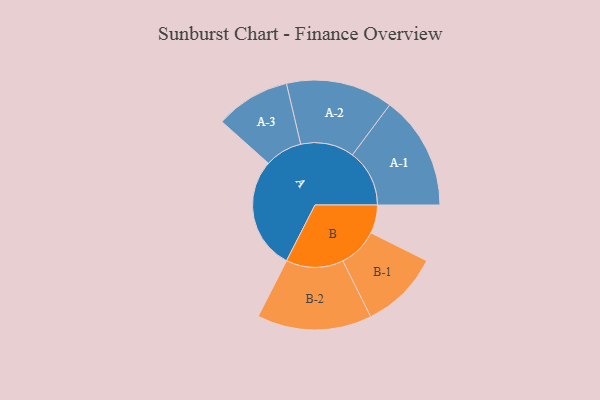
{"axis": {"x": "Segment", "y": "Value"}, "legend": ["", "A", "B"], "data": [{"x": "A", "y": 411, "type": ""}, {"x": "B", "y": 104, "type": ""}, {"x": "A-1", "y": 209, "type": "A"}, {"x": "A-2", "y": 196, "type": "A"}, {"x": "A-3", "y": 137, "type": "A"}, {"x": "B-1", "y": 145, "type": "B"}, {"x": "B-2", "y": 210, "type": "B"}]}